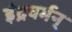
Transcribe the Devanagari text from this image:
इंद्रवर्मन्‌